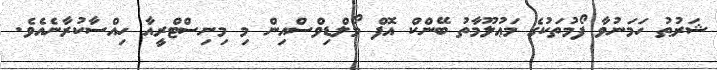
ޝަރުޠު ހަމަނުވާ ފޯމުތަކުގެ މަޢުލޫމާތު ބޭންކް އޮފް މޯލްޑިވްސްއިން މި މިނިސްޓްރީއާ ހިއްސާކުރާނެއެވެ.